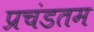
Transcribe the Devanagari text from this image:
प्रचंडतम